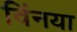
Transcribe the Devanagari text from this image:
विंनया